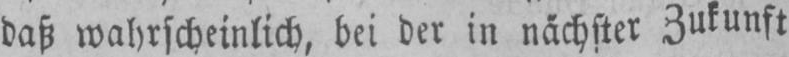
daß wahrscheinlich, bei der in nächster Zukunft